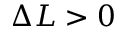
\Delta L > 0